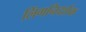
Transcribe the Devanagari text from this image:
लिंगनिदर्शक